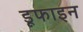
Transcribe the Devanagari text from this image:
डूफाइन